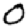
Digit: 0